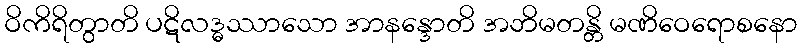
ဝိကိရိတွာတိ ပဋိလဒ္ဓဿာသော အာနန္ဒောတိ အဘိမတန္တိ မဏိဝေရောစနော